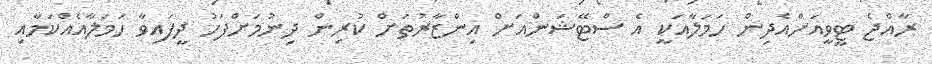
ރާއްޖެ ޓީވީއަށްއެދިން ހަމަލާއަކީ އެ ސްޓޭޝަންއަށް އިންޒާރުތަށް ކުރިން ދިނުމަށްފަހު ދީފައިވާ ހަމަލާއެއްކަމާއި